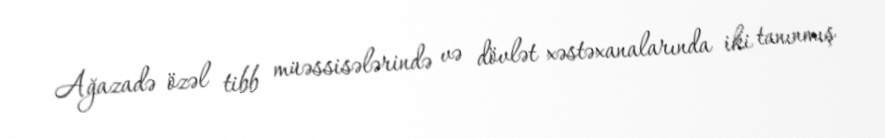
Ağazadə özəl tibb müəssisələrində və dövlət xəstəxanalarında iki tanınmış